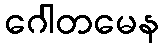
ဂေါတမေန